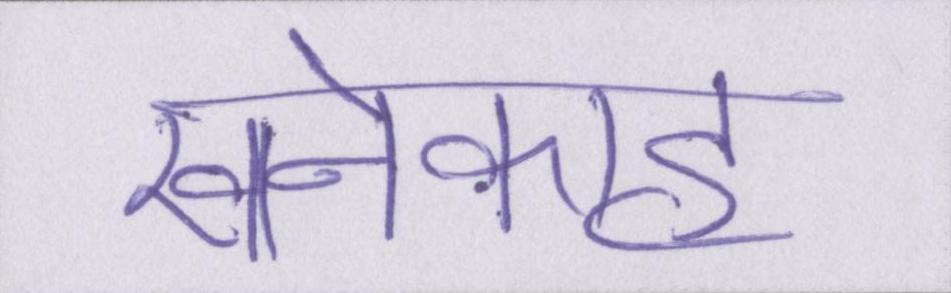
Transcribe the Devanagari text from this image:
खानेकाह